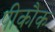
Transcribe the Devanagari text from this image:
पीकौक